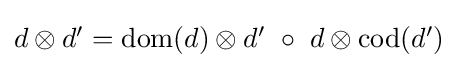
{\textstyle d\otimes d'={\text{dom}}(d)\otimes d'\ \circ \ d\otimes {\text{cod}}(d')}